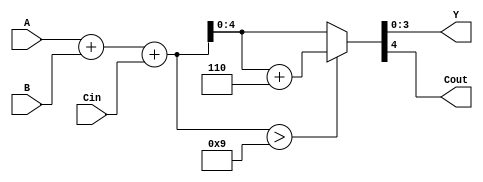
// 8421 4
//  ABCin
//  YABCout
module add4bit_8421(A, B, Cin, Y, Cout);
  input [3:0] A, B;
  input Cin;
  output [3:0] Y;
  output Cout;
  assign {Cout, Y} = A + B + Cin > 9 ? A + B + Cin + 6 : A + B + Cin;
endmodule